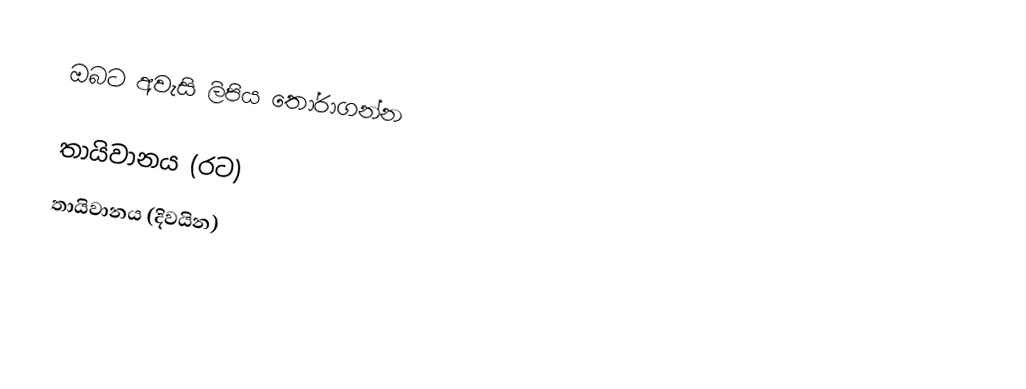
ඔබට අවැසි ලිපිය තෝරාගන්න

 තායිවානය (රට)
 තායිවානය (දිවයින)